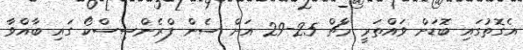
އެގޮތުގައި ބޮޑަށް ވައްތަރީ މާޗް 25-29 އަށް ސެން ފްރެންސިސްކޯ ގައި ބާއްވާ